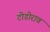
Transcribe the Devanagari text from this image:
टोडोराव